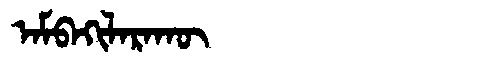
Manchu: ᠠᠮᠪᠠᡴᡳᠯᠠᡵᠠᡴᡡ
Romanization: AMBAKILARAKŪ